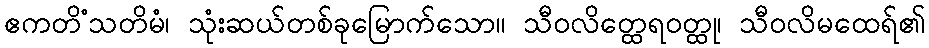
ဧကတိံသတိမံ၊ သုံးဆယ်တစ်ခုမြောက်သော။ သီဝလိတ္ထေရဝတ္ထု၊ သီဝလိမထေရ်၏